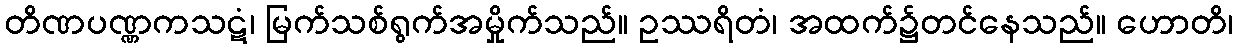
တိဏပဏ္ဏကသဋံ၊ မြက်သစ်ရွက်အမှိုက်သည်။ ဥဿရိတံ၊ အထက်၌တင်နေသည်။ ဟောတိ၊